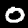
Label: 0